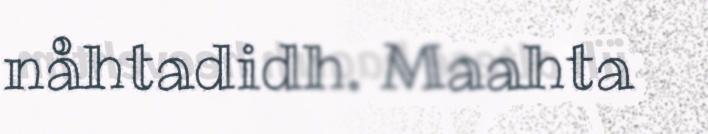
nåhtadidh. Maahta